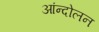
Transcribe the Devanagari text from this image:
आंन्दोलन